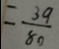
= \frac { 3 9 } { 8 0 }